Report of an investigation into the causes of malaria in Bombay and the measures necessary for its control
Disease focus: Malaria
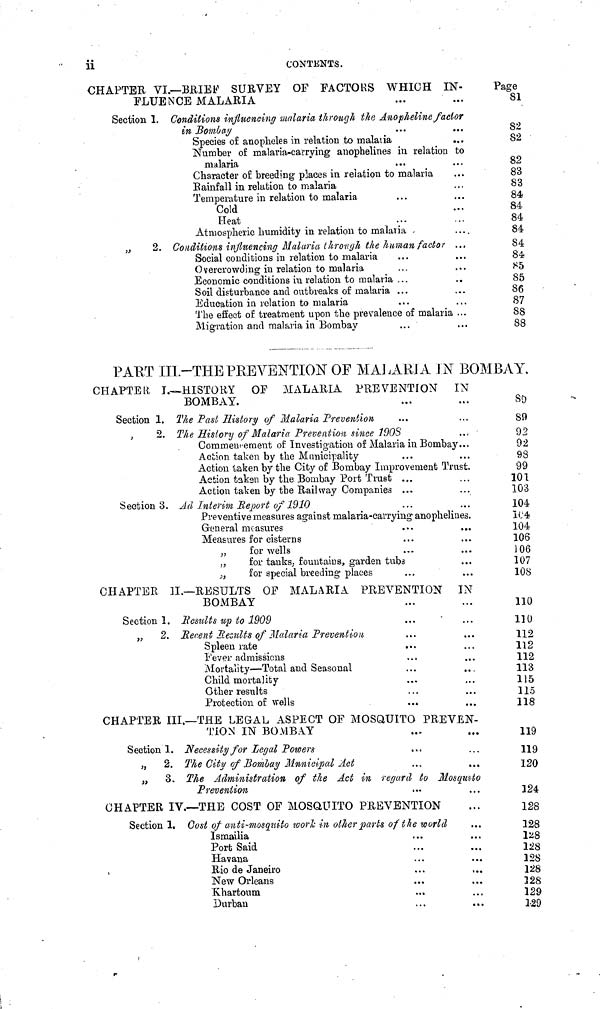
ii
CONTENTS.
CHAPTER VI.—BRIEF SURVEY OF FACTORS WHICH IN-
FLUENCE MALARIA
Section 1. Conditions influencing malaria through the Anopheline factor
in Bombay
Species of anopheles in relation to malaria
Number of malaria-carrying anophelines in relation to
malaria
Character of breeding places in relation to malaria
Rainfall in relation to malaria
Temperature in relation to malaria
Cold
Heat
Atmospheric humidity in relation to
malaria
....
„
2. Conditions influencing Malaria through the human factor ...
Social conditions in relation to malaria
Overcrowding in relation to malaria
Economic conditions in relation to malaria ...
Soil disturbance and outbreaks of malaria ...
Education in relation to malaria
The effect of treatment upon the prevalence of malaria ...
Migration and malaria in Bombay
Page
81
S2
82
82
83
S3
84
84
84
84
84
84
S5
85
86
87
88
88
PART III.-THE PREVENTION OF MALARIA IN BOMBAY.
CHAPTER I.—HISTORY OF MALARIA PREVENTION
IN
BOMBAY.
Section 1. The Past History of Malaria Prevention
2. The History of Malaria Prevention since 1908
Commencement of Investigation of Malaria in Bombay...
Action taken by the Municipality
Action taken by the City of Bombay Improvement Trust.
Action taken by the Bombay Port Trust ...
Action taken by the Railway Companies ...
Section 3. Ad Interim Report of 1910
Preventive measures against malaria-carrying anophelines.
General measures
Measures for cisterns
„
for wells
,,
for tanks, fountains, garden tubs
,,
for special breeding places
CHAPTER II.—RESULTS OF MALARIA PREVENTION IN
BOMBAY
Section 1. Results up to 1909
„ 2. Recent Results of Malaria Prevention
Spleen rate
Fever admissions
Mortality—Total and Seasonal
Child mortality
Other results
Protection of wells
CHAPTER III.—THE LEGAL ASPECT OF MOSQUITO PREVEN-
TION IN BOMBAY
Section 1. Necessity for Legal Powers
„ 2. The City of Bombay Municipal Act
„ 3. The Administration of the Act in regard to Mosquito
Prevention
CHAPTER IV.—THE COST OF MOSQUITO PREVENTION
Section 1. Cost of anti-mosquito work in other parts of the world
Ismailia
Port Said
Havana
Rio de Janeiro
New Orleans
Khartoum
...
Durban
89
89
92
92
98
99
101
103
104
104
104
106
106
107
108
110
110
112
112
112
113
115
115
118
119
119
120
124
128
128
128
128
128
128
128
129
129